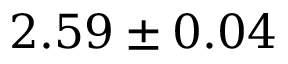
2 . 5 9 \pm 0 . 0 4